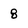
Character: 8